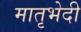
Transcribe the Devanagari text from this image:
मातृभेदी